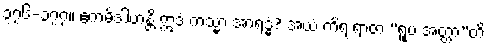
၃၇၆-၃၇၇။ ဧကမိဒါဟန္တိ ဣဒံ ကသ္မာ အာရဒ္ဓံ? အယံ ကိရ ရာဇာ “ရူပံ အတ္တာ”တိ